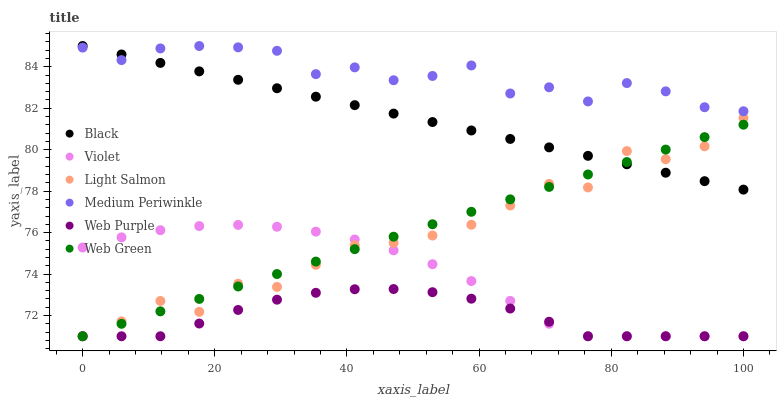
| xaxis_label | Black | Violet | Light Salmon | Medium Periwinkle | Web Purple | Web Green |
 | --- | --- | --- | --- | --- | --- | --- |
 | 0 | 85 | 75.3 | 71 | 84.9 | 71 | 71 |
 | 5.88 | 84.6 | 75.8 | 71.7 | 84.3 | 71 | 71.6 |
 | 11.8 | 84.2 | 76.1 | 72.7 | 84.9 | 71 | 72.2 |
 | 17.6 | 83.8 | 76.3 | 72.2 | 85 | 71.6 | 72.8 |
 | 23.5 | 83.4 | 76.4 | 73.5 | 84.9 | 72.3 | 73.4 |
 | 29.4 | 83 | 76.3 | 73.4 | 84.8 | 72.8 | 74 |
 | 35.3 | 82.6 | 76 | 74.4 | 83.6 | 73.1 | 74.6 |
 | 41.2 | 82.1 | 75.7 | 75.4 | 84 | 73.3 | 75.2 |
 | 47.1 | 81.7 | 75.1 | 75.5 | 83.3 | 73.3 | 75.8 |
 | 52.9 | 81.3 | 74.5 | 75.9 | 83.6 | 73.1 | 76.4 |
 | 58.8 | 80.9 | 73.7 | 76.4 | 84.1 | 72.8 | 77 |
 | 64.7 | 80.5 | 72.7 | 77.3 | 82.7 | 72.3 | 77.6 |
 | 70.6 | 80.1 | 71.6 | 78.3 | 83 | 71.7 | 78.2 |
 | 76.5 | 79.7 | 71 | 78.2 | 82.3 | 71 | 78.8 |
 | 82.4 | 79.3 | 71 | 79.9 | 83.2 | 71 | 79.4 |
 | 88.2 | 78.9 | 71 | 79.5 | 82.8 | 71 | 80 |
 | 94.1 | 78.5 | 71 | 80.2 | 82 | 71 | 80.6 |
 | 100 | 78.1 | 71 | 81.5 | 81.9 | 71 | 81.2 |